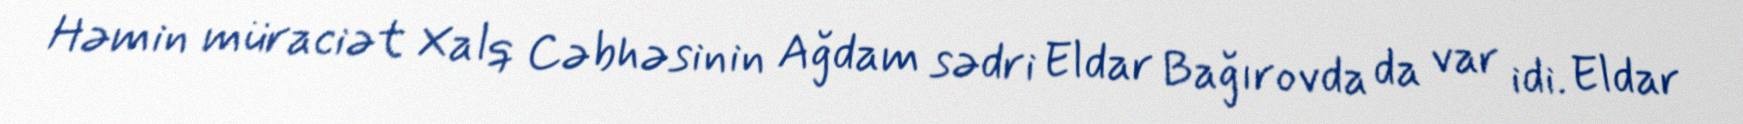
Həmin müraciət Xalq Cəbhəsinin Ağdam sədri Eldar Bağırovda da var idi. Eldar